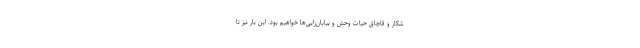
شکار و قاچاق حیات وحش و بیابان‌زایی‌ها خواهیم بود. این بار نیز تا